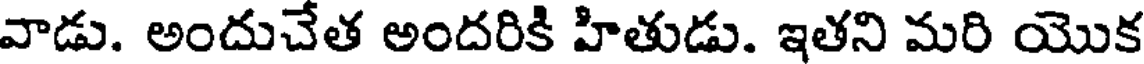
వాడు. అందుచేత అందరికి హితుడు. ఇతని మరి యొక